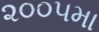
૨૦૦૫મા